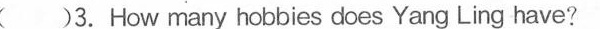
( )3. How many hobbies does Yang Ling have?